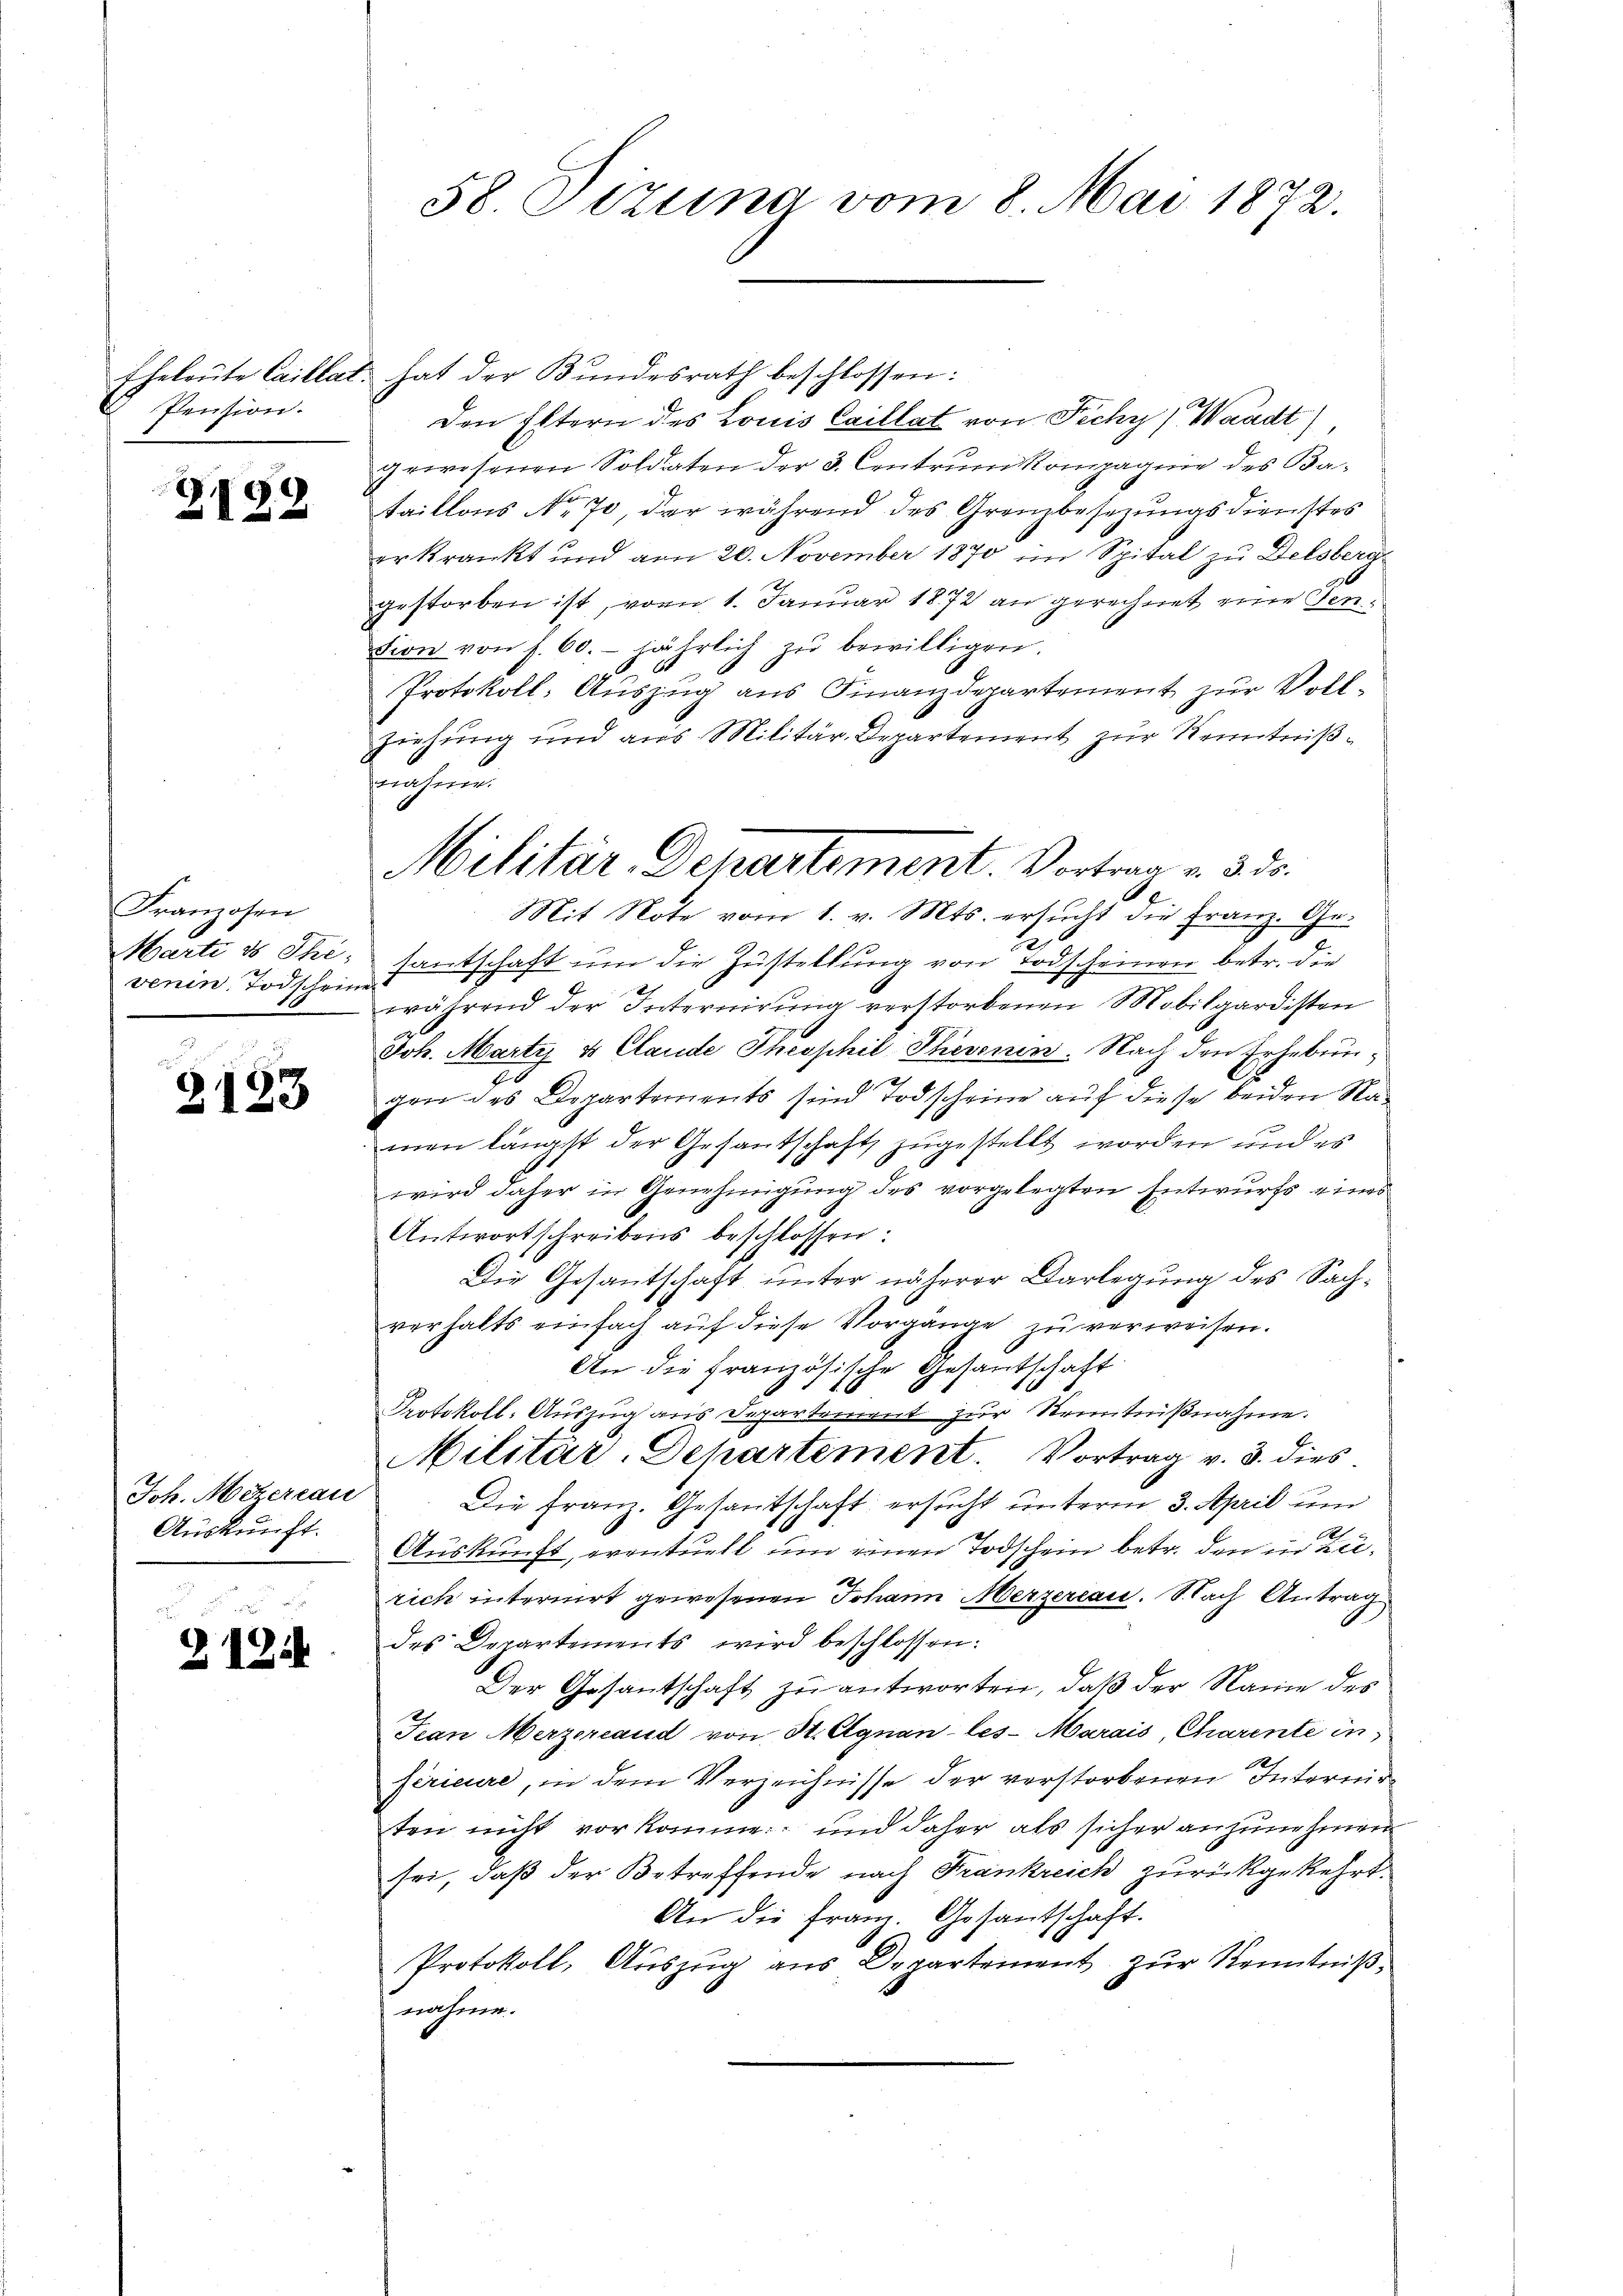
I. Pension.

Z 128

Franzosen
Marte ds Thi
venin. Todscheine

2123

Joh. Mezereau
Auskunft.

Z 12

58 Stzung vom 8. Mai 1872.

Eheleute Caillat hat der Bŭndesrath beschlossen:
Den Eltern des Louis Caillat von Fichy, Waadt)
gewesenen Soldaten der 3. Centrum kompagnie des Bataillons No 70, der während des Grenzbesezungsdienstes
erkrankt und von 20. November 1870 im Spital zu Delsberg-
gestorben ist, vom 1. Januar 1872 an gerechnet eine Sension von s. 60. jährlich zŭ bewilligen
Protokoll- Auszug aus Finanzdepartement zur Voll¬
Ziehung und aus Militär-Departement zur Kenntnißsanhinen
Mit Note vom 1. v. Mts. ersŭcht die Franz. Ge-
e
santschaft um die Zustellung von Todscheinen betr. die
während der Internirung verstorbenen Mobilgardisten
Joh. Marty & Claude Theophil Thesenen. Nach den Erhebungen des Departements sind Todscheine auf diese beiden Namen längst der Gesantschaft zugestellt worden und es
wird daher in Genehmigung des vorgelegten Entwurfs eines
Antwortschreibens beschlossen:
Die Gesantschaft unter näherer Darlegung des Sachverhalts einfach auf diese Vorgänge zu verweisen.
An die französische Gesantschaft
Protokoll- Auszug aus Separtement zur Kenntnißnahme.
Militär-Departement. Vortrag v. 3. dies
Die Franz. Gesantschaft ersucht unterm 3. April un
Auskunft, eventuell um einen Todschein betr. den in Zurich internirt gewesenen Johann Merzereau. Nach Antrag
des Departements wird beschlossen:
Der Gesantschaft zu antworten, daß der Name des
Frau Merzereaud von St. Agnan-les-Marais, Charente in
férieure, in dem Verzeichnisse der verstorbenen Internir
ten nicht vorkomme, und daher als sicher anzunehmen
sei, daß der Betreffende nach Frankreich zurückgekehrt.
An die Franz. Gesantschaft.
Protokoll, Aŭszŭg ans Departement zŭr Kenntniß
nahme.

Militär-Departement. Vortrag v. 3. 50.